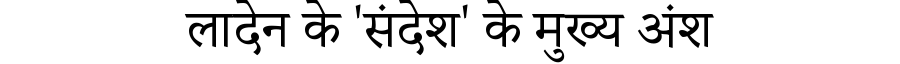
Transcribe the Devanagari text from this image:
लादेन के 'संदेश' के मुख्य अंश